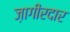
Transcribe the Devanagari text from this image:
ज़ागीरदार